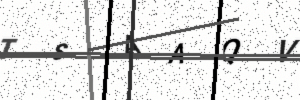
Text: TSAAQV